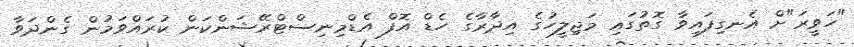
"ހަވީރަ"ށް އެނގިފައިވާ ގޮތުގައި މަޖިލީހުގެ އިދާރާގެ ހެޑް އޮފް އެޑްމިނިސްޓްރޭޝަންކަން ކުރައްވަމުން ގެންދަވާ